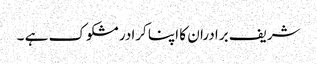
شریف برادران کا اپنا کرادر مشکوک ہے ۔